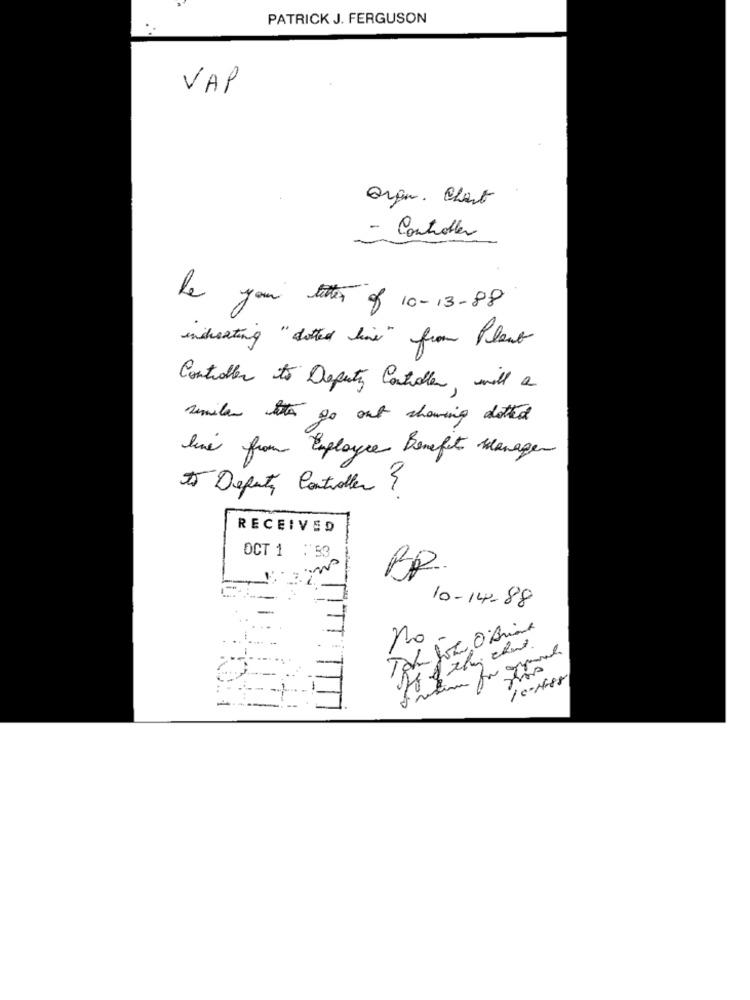
PATRICK J. FERGUSON
VAP
Organ. chart
- Controller
he your tter of 10-13-88
increating "dotted line" from Plant
Controller to Deputy Controller, will a
similar to go out showing dotted
live from Employee Benefits Manager
to Deputy Controller ?
RECEIVED
OCT 1 :53
10-14-88
no